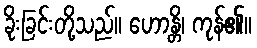
ခိုးခြင်းတို့သည်။ ဟောန္တိ၊ ကုန်၏။